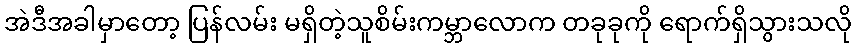
အဲဒီအခါမှာတော့ ပြန်လမ်း မရှိတဲ့သူစိမ်းကမ္ဘာလောက တခုခုကို ရောက်ရှိသွားသလို